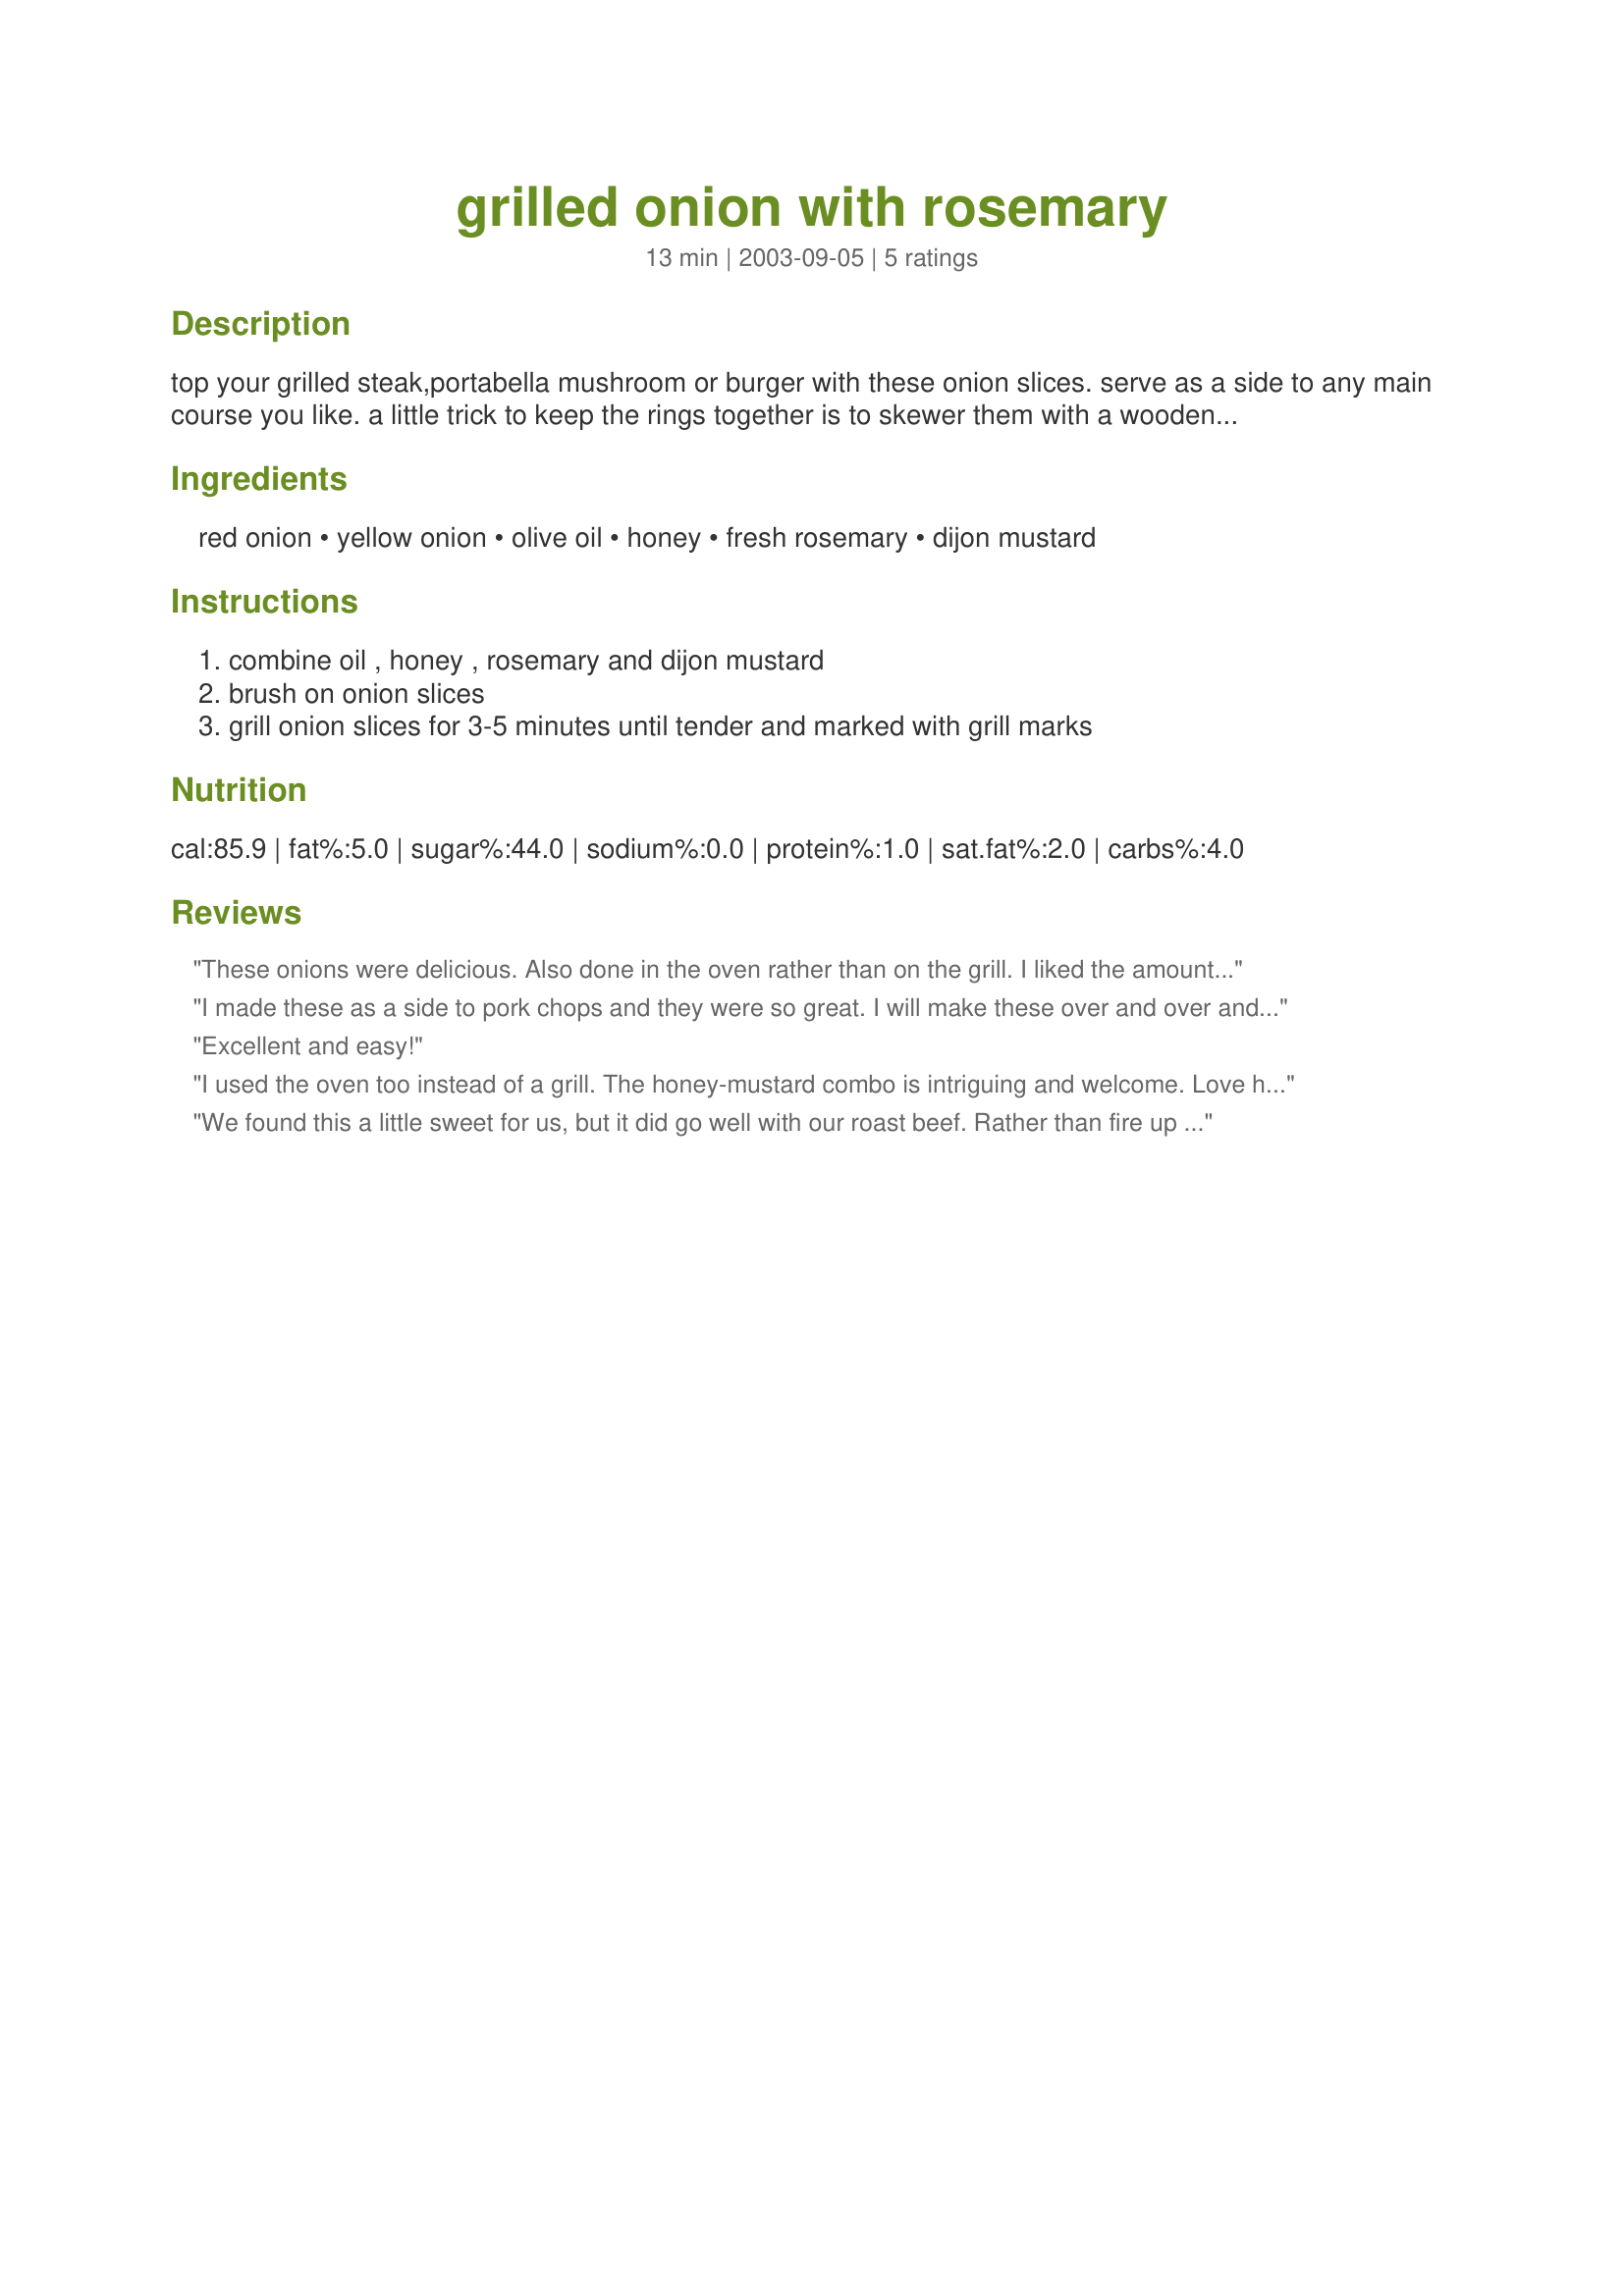
grilled onion with rosemary
Preparation time: 13 minutes

top your grilled steak,portabella mushroom or burger with these onion slices. serve as a side to any main course you like.
a little trick to keep the rings together is to skewer them with a wooden stick be it bambo or a rosemary stem. just do soak it for at least 30 minutes.

Ingredients:
red onion, yellow onion, olive oil, honey, fresh rosemary, dijon mustard

Steps:
combine oil , honey , rosemary and dijon mustard, brush on onion slices, grill onion slices for 3-5 minutes until tender and marked with grill marks

Reviews:
These onions were delicious. Also done in the oven rather than on the grill. I liked the amount of honey in this, but I seem to like everything on the 'sweet' side.;-)
I made these as a side to pork chops and they were so great. I will make these over and over and over again. I did have a problem keeping them together when turning them on the grill and the smalelr parts tended to slide through, but I could eat these over and over again.
Excellent and easy!
I used the oven too instead of a grill. The honey-mustard combo is intriguing and welcome. Love how the simplicity of the recipe yields a rather complex flavor. Thanks.
We found this a little sweet for us, but it did go well with our roast beef. Rather than fire up the BBq to grill them, I did them in the oven under the broiler. It worked quite well, they held their shape. Lovely presentation, they looked wonderfull!! Thanks for sharing; we will make them again but will cut the honey in half.
